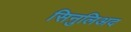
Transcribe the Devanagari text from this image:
सिनुलिअद